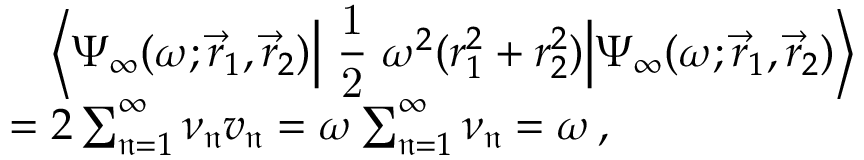
\begin{array} { r l } & { \mathrel { \phantom { = } } \Bigl \langle \Psi _ { \infty } ( \omega ; \vec { r } _ { 1 } , \vec { r } _ { 2 } ) \Big | \mathrm { \small ~ \displaystyle \frac { 1 } { 2 } ~ } \omega ^ { 2 } ( r _ { 1 } ^ { 2 } + r _ { 2 } ^ { 2 } ) \Big | \Psi _ { \infty } ( \omega ; \vec { r } _ { 1 } , \vec { r } _ { 2 } ) \Bigr \rangle } \\ & { = 2 \sum _ { \mathfrak { n } = 1 } ^ { \infty } \nu _ { \mathfrak { n } } v _ { \mathfrak { n } } = \omega \sum _ { \mathfrak { n } = 1 } ^ { \infty } \nu _ { \mathfrak { n } } = \omega \, , } \end{array}